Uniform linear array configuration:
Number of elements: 64
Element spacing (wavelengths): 0.25
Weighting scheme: binomial
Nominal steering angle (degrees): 45
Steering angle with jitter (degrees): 43.38
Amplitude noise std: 0.05
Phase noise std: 0.05

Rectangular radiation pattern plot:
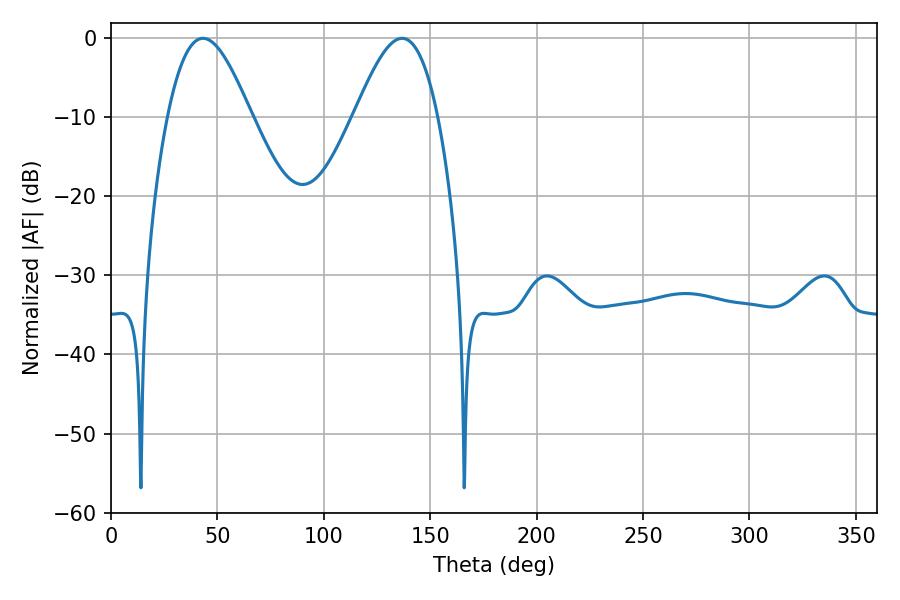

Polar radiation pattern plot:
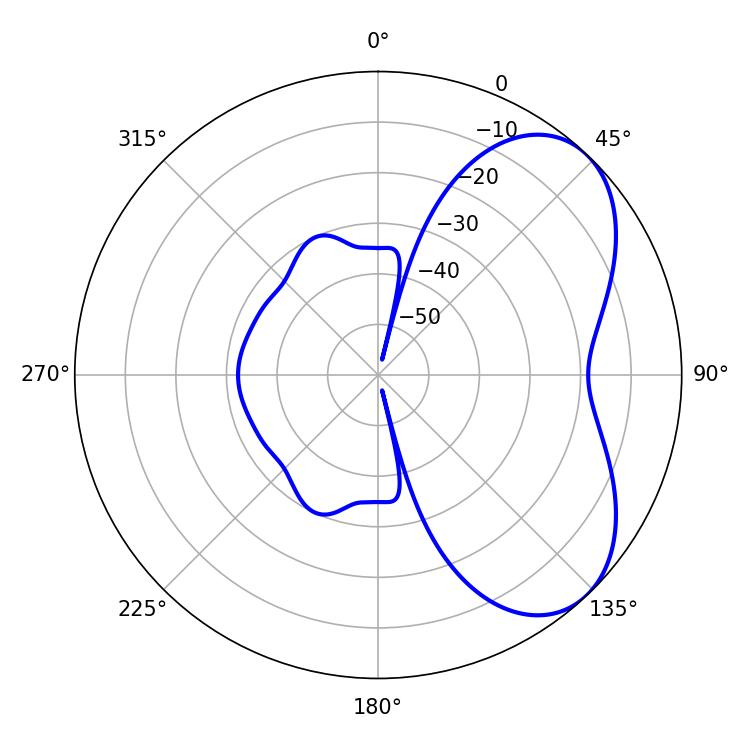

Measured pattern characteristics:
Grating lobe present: FALSE
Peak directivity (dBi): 5.427
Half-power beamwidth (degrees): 21.06
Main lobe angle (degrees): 43.2